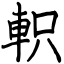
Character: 軹